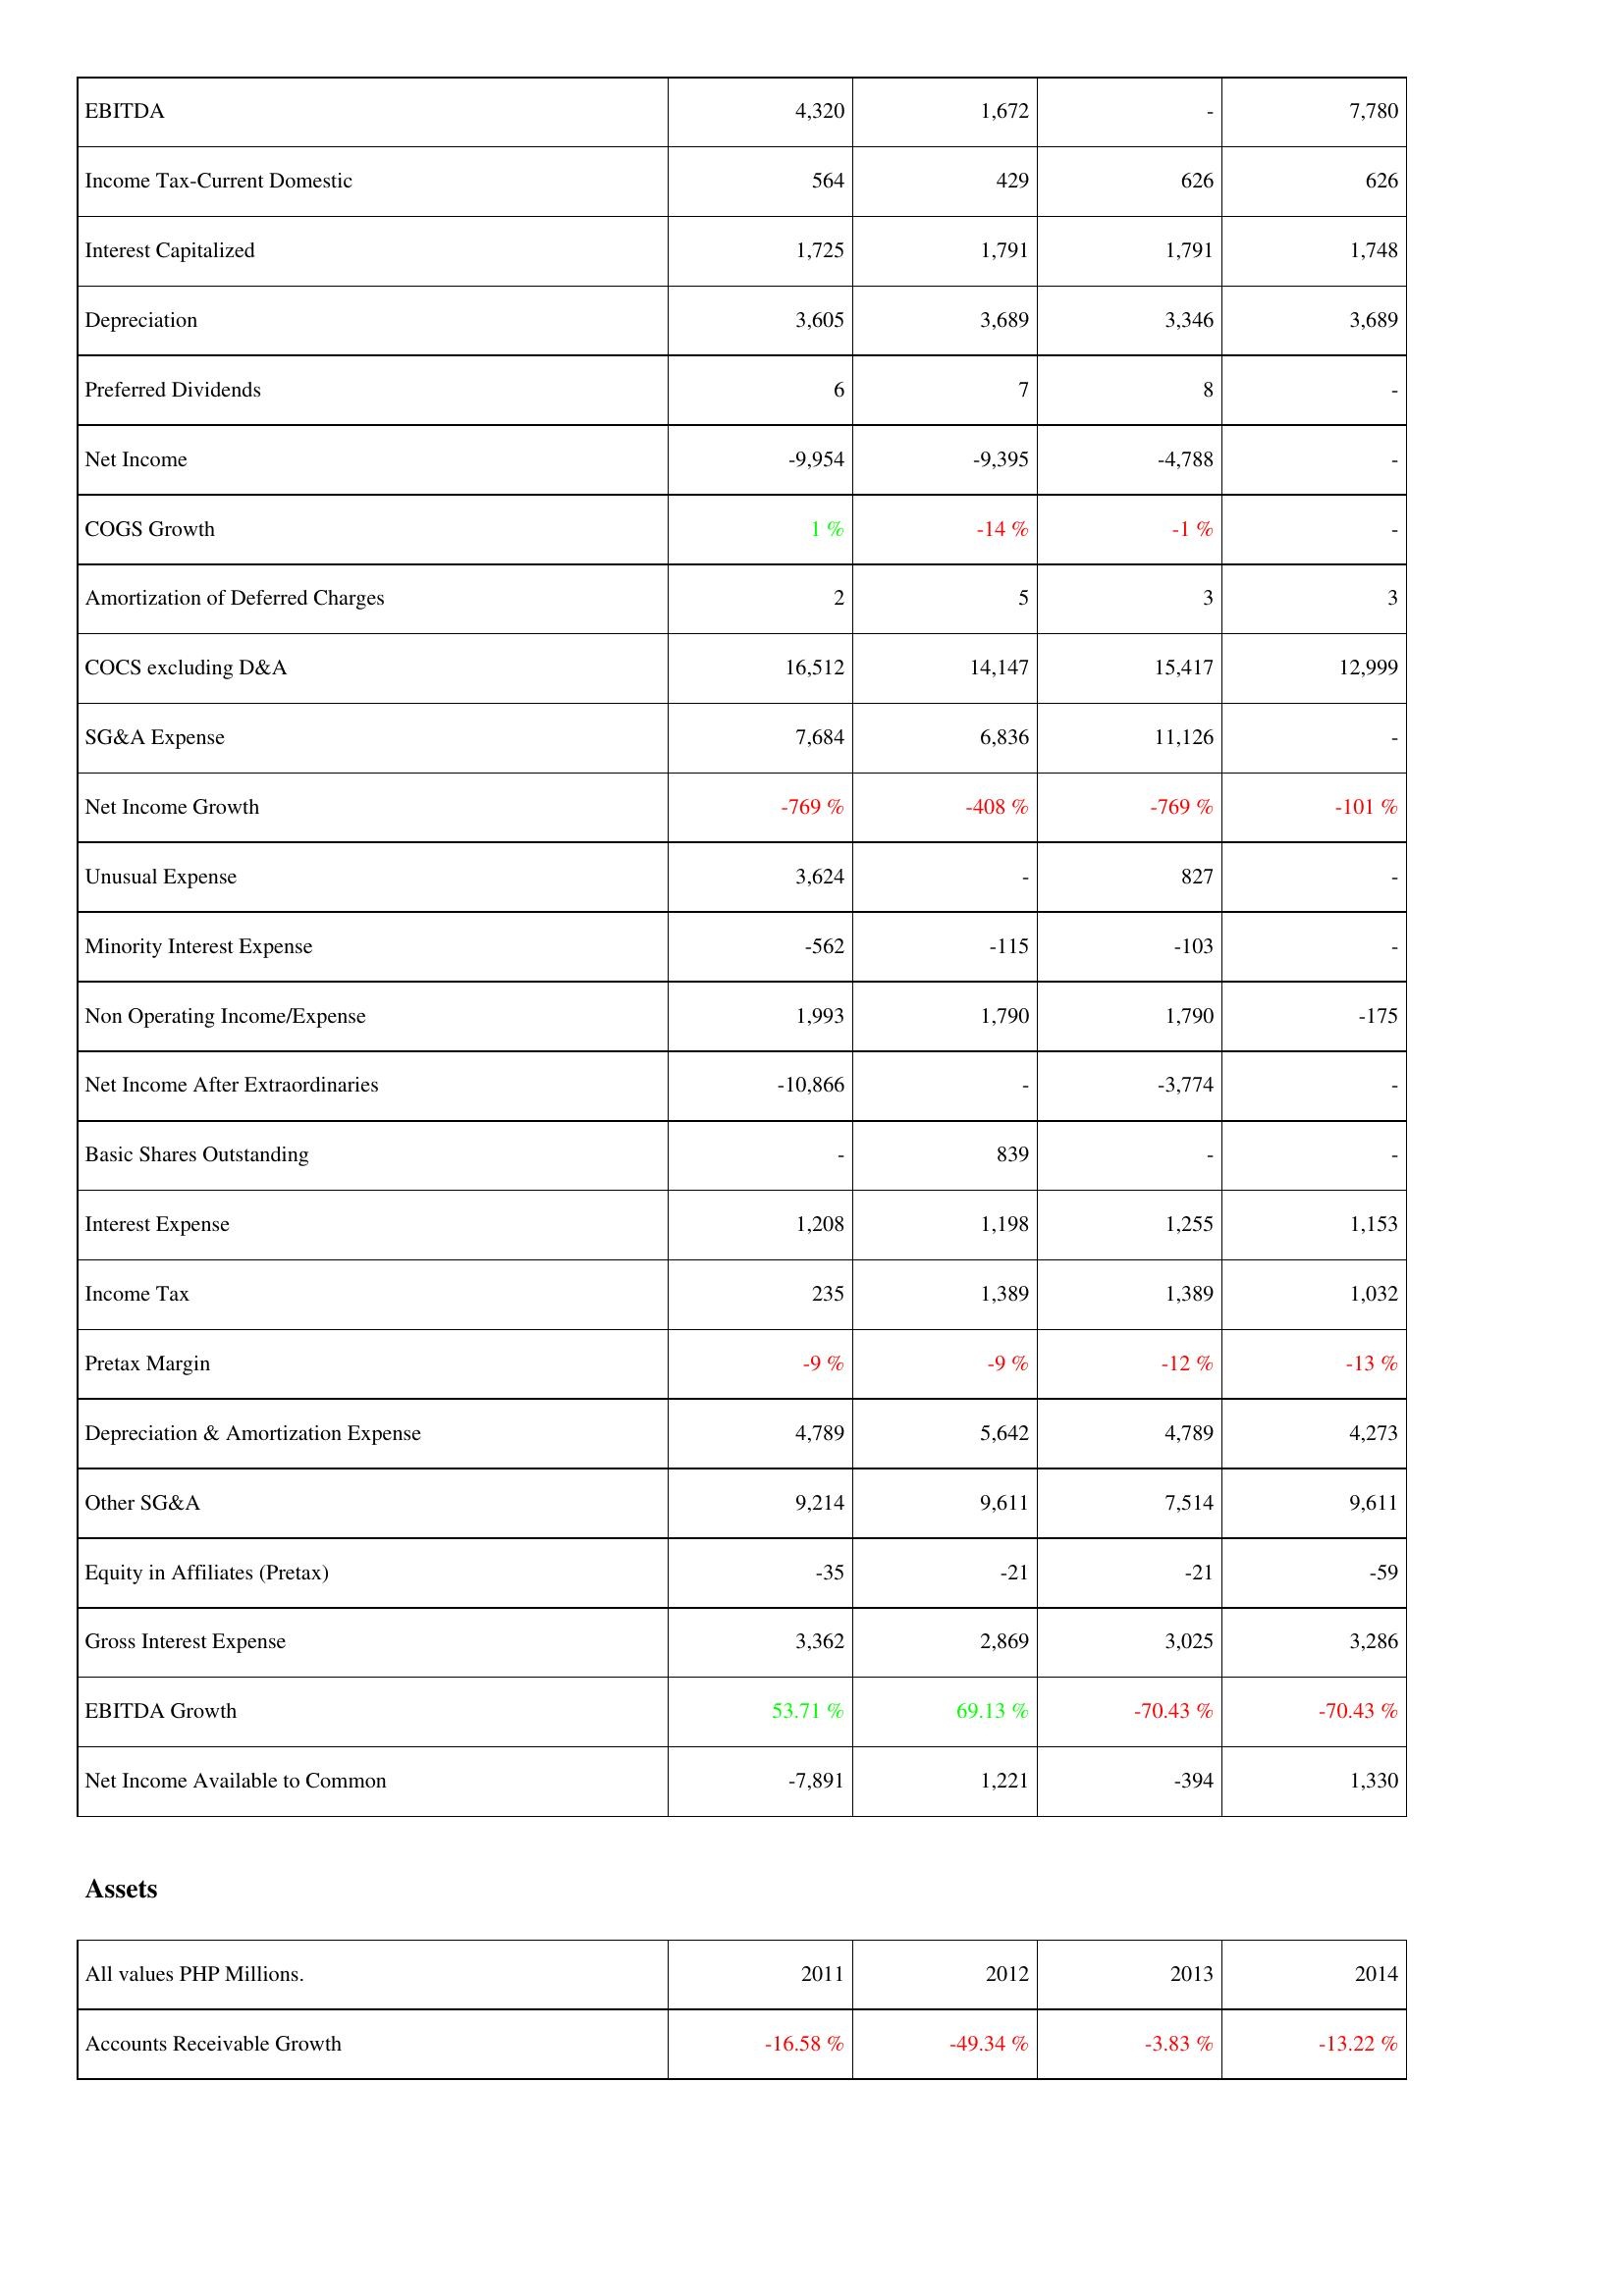
2011: Income Statement: EBITDA: 4,320
Income Tax-Current Domestic: 564
Interest Capitalized: 1,725
Depreciation: 3,605
Preferred Dividends: 6
Net Income: -9,954
COGS Growth: 1 %
Amortization of Deferred Charges: 2
COCS excluding D&A: 16,512
SG&A Expense: 7,684
Net Income Growth: -769 %
Unusual Expense: 3,624
Minority Interest Expense: -562
Non Operating Income/Expense: 1,993
Net Income After Extraordinaries: -10,866
Basic Shares Outstanding: -
Interest Expense: 1,208
Income Tax: 235
Pretax Margin: -9 %
Depreciation & Amortization Expense: 4,789
Other SG&A: 9,214
Equity in Affiliates (Pretax): -35
Gross Interest Expense: 3,362
EBITDA Growth: 53.71 %
Net Income Available to Common: -7,891
Assets: Accounts Receivable Growth: -16.58 %
2012: Income Statement: EBITDA: 1,672
Income Tax-Current Domestic: 429
Interest Capitalized: 1,791
Depreciation: 3,689
Preferred Dividends: 7
Net Income: -9,395
COGS Growth: -14 %
Amortization of Deferred Charges: 5
COCS excluding D&A: 14,147
SG&A Expense: 6,836
Net Income Growth: -408 %
Unusual Expense: -
Minority Interest Expense: -115
Non Operating Income/Expense: 1,790
Net Income After Extraordinaries: -
Basic Shares Outstanding: 839
Interest Expense: 1,198
Income Tax: 1,389
Pretax Margin: -9 %
Depreciation & Amortization Expense: 5,642
Other SG&A: 9,611
Equity in Affiliates (Pretax): -21
Gross Interest Expense: 2,869
EBITDA Growth: 69.13 %
Net Income Available to Common: 1,221
Assets: Accounts Receivable Growth: -49.34 %
2013: Income Statement: EBITDA: -
Income Tax-Current Domestic: 626
Interest Capitalized: 1,791
Depreciation: 3,346
Preferred Dividends: 8
Net Income: -4,788
COGS Growth: -1 %
Amortization of Deferred Charges: 3
COCS excluding D&A: 15,417
SG&A Expense: 11,126
Net Income Growth: -769 %
Unusual Expense: 827
Minority Interest Expense: -103
Non Operating Income/Expense: 1,790
Net Income After Extraordinaries: -3,774
Basic Shares Outstanding: -
Interest Expense: 1,255
Income Tax: 1,389
Pretax Margin: -12 %
Depreciation & Amortization Expense: 4,789
Other SG&A: 7,514
Equity in Affiliates (Pretax): -21
Gross Interest Expense: 3,025
EBITDA Growth: -70.43 %
Net Income Available to Common: -394
Assets: Accounts Receivable Growth: -3.83 %
2014: Income Statement: EBITDA: 7,780
Income Tax-Current Domestic: 626
Interest Capitalized: 1,748
Depreciation: 3,689
Preferred Dividends: -
Net Income: -
COGS Growth: -
Amortization of Deferred Charges: 3
COCS excluding D&A: 12,999
SG&A Expense: -
Net Income Growth: -101 %
Unusual Expense: -
Minority Interest Expense: -
Non Operating Income/Expense: -175
Net Income After Extraordinaries: -
Basic Shares Outstanding: -
Interest Expense: 1,153
Income Tax: 1,032
Pretax Margin: -13 %
Depreciation & Amortization Expense: 4,273
Other SG&A: 9,611
Equity in Affiliates (Pretax): -59
Gross Interest Expense: 3,286
EBITDA Growth: -70.43 %
Net Income Available to Common: 1,330
Assets: Accounts Receivable Growth: -13.22 %